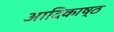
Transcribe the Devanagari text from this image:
आदिकाष्ठ